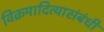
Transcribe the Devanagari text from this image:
विक्रमादित्यासंबंधी